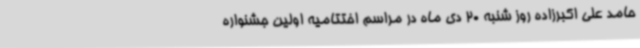
حامد علی اکبرزاده روز شنبه 20 دی ماه در مراسم اختتامیه اولین جشنواره